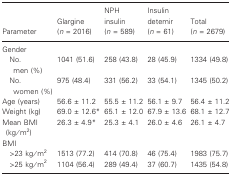
<table><thead><tr><td><b>Parameter</b></td><td><b>Glargine (<i>n</i>= 2016)</b></td><td><b>NPH insulin (<i>n</i>= 589)</b></td><td><b>Insulin detemir (<i>n</i>= 61)</b></td><td><b>Total (<i>n</i>= 2679)</b></td></tr></thead><tbody><tr><td colspan="5">Gender</td></tr><tr><td> No. men (%)</td><td>1041 (51.6)</td><td>258 (43.8)</td><td>28 (45.9)</td><td>1334 (49.8)</td></tr><tr><td> No. women (%)</td><td>975 (48.4)</td><td>331 (56.2)</td><td>33 (54.1)</td><td>1345 (50.2)</td></tr><tr><td>Age (years)</td><td>56.6 ± 11.2</td><td>55.5 ± 11.2</td><td>56.1 ± 9.7</td><td>56.4 ± 11.2</td></tr><tr><td>Weight (kg)</td><td>69.0 ± 12.6*</td><td>65.1 ± 12.0</td><td>67.9 ± 13.6</td><td>68.1 ± 12.7</td></tr><tr><td>Mean BMI (kg/m<sup>2</sup>)</td><td>26.3 ± 4.9*</td><td>25.3 ± 4.1</td><td>26.0 ± 4.6</td><td>26.1 ± 4.7</td></tr><tr><td colspan="5">BMI</td></tr><tr><td> &gt;23 kg/m<sup>2</sup></td><td>1513 (77.2)</td><td>414 (70.8)</td><td>46 (75.4)</td><td>1983 (75.7)</td></tr><tr><td> &gt;25 kg/m<sup>2</sup></td><td>1104 (56.4)</td><td>289 (49.4)</td><td>37 (60.7)</td><td>1435 (54.8)</td></tr></tbody></table>